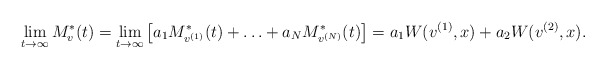
\begin{align*}\lim_{t\to\infty}M^*_v(t)=\lim_{t\to\infty}\big[a_1M^*_{v^{(1)}}(t)+\ldots+a_NM^*_{v^{(N)}}(t)\big]=a_1W(v^{(1)},x)+a_2W(v^{(2)},x).\end{align*}